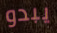
يبدو